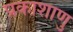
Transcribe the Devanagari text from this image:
प्रकाशाणु